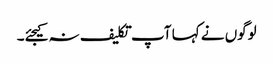
لوگوں نے کہا آپ تکلیف نہ کیجئے۔